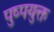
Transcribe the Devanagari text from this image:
पुष्पयुक्त